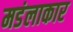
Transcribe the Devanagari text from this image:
मडंलाकार